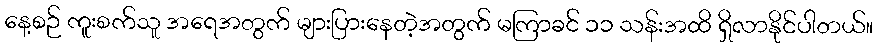
နေ့စဉ် ကူးစက်သူ အရေအတွက် များပြားနေတဲ့အတွက် မကြာခင် ၁၁ သန်းအထိ ရှိလာနိုင်ပါတယ်။